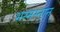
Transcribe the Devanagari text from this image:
भस्मस्नान